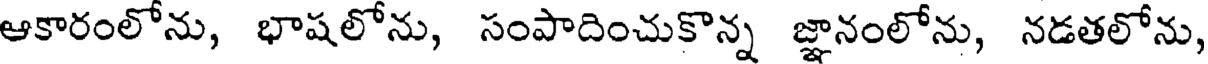
ఆకారంలోను, భాషలోను, సంపాదించుకొన్న జ్ఞానంలోను, నడతలోను,